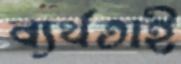
ব্যর্থতাই